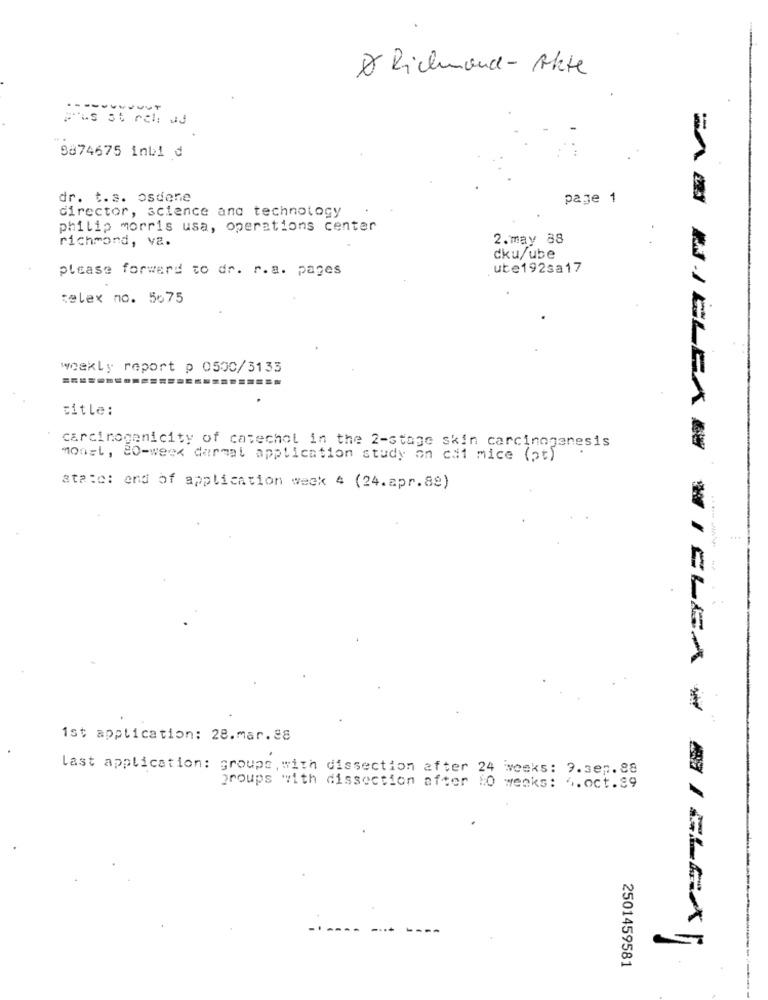
X Richmond- Akte
Frus st rech wJ
8874675 inbi d
dr. t.s. osdene
page 1
director, science and technology
philip morris usa, operations center
richmond, va.
2.may 88
cku/ube
please forward to dr. r.a. pages
.ute192sa17
telex no. 5675
weekly report p 0500/3133
title:
carcinogenicity of catechol in the 2-stage skin carcinogenesis
monet, 80-week dermal application study on cat mice (pt)
ata:c: end of application week 4 (24.apr.8e)
------
WIELEA-
ist application: 28.mar.28
Last application: groupe, with dissection after 24 weeks: 9.sep.88
groups with dissection after 10 weeks: 6.oct.99
2501459581